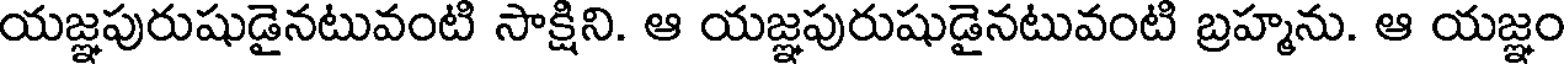
యజ్ఞపురుషుడైనటువంటి సాక్షిని. ఆ యజ్ఞపురుషుడైనటువంటి బ్రహ్మను. ఆ యజ్ఞం